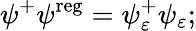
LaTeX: \psi^{+}\psi^{\mathrm{reg}}=\psi_{\varepsilon}^{+}\psi_{\varepsilon};